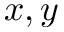
x , y